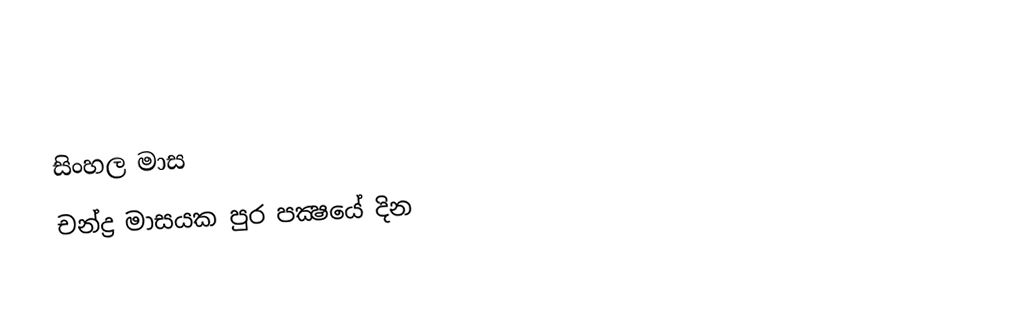
සිංහල මාස
චන්ද්‍ර මාසයක පුර පක්‍ෂයේ දින